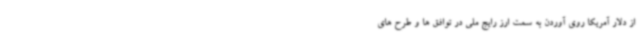
از دلار آمریکا روی آوردن به سمت ارز رایج ملی در توافق ها و طرح های